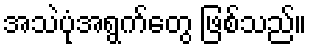
အသဲပုံအရွက်တွေ ဖြစ်သည်။